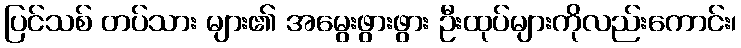
ပြင်သစ် တပ်သား များ၏ အမွေးဖွားဖွား ဦးထုပ်များကိုလည်းကောင်း၊